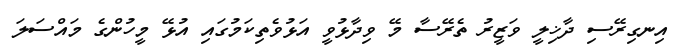
އިނގިރޭސި ދާޚިލީ ވަޒީރު ތެރޭސާ މޭ ވިދާޅުވީ އަޅުވެތިކަމުގައި އުޅޭ މީހުންގެ މައްސަލަ